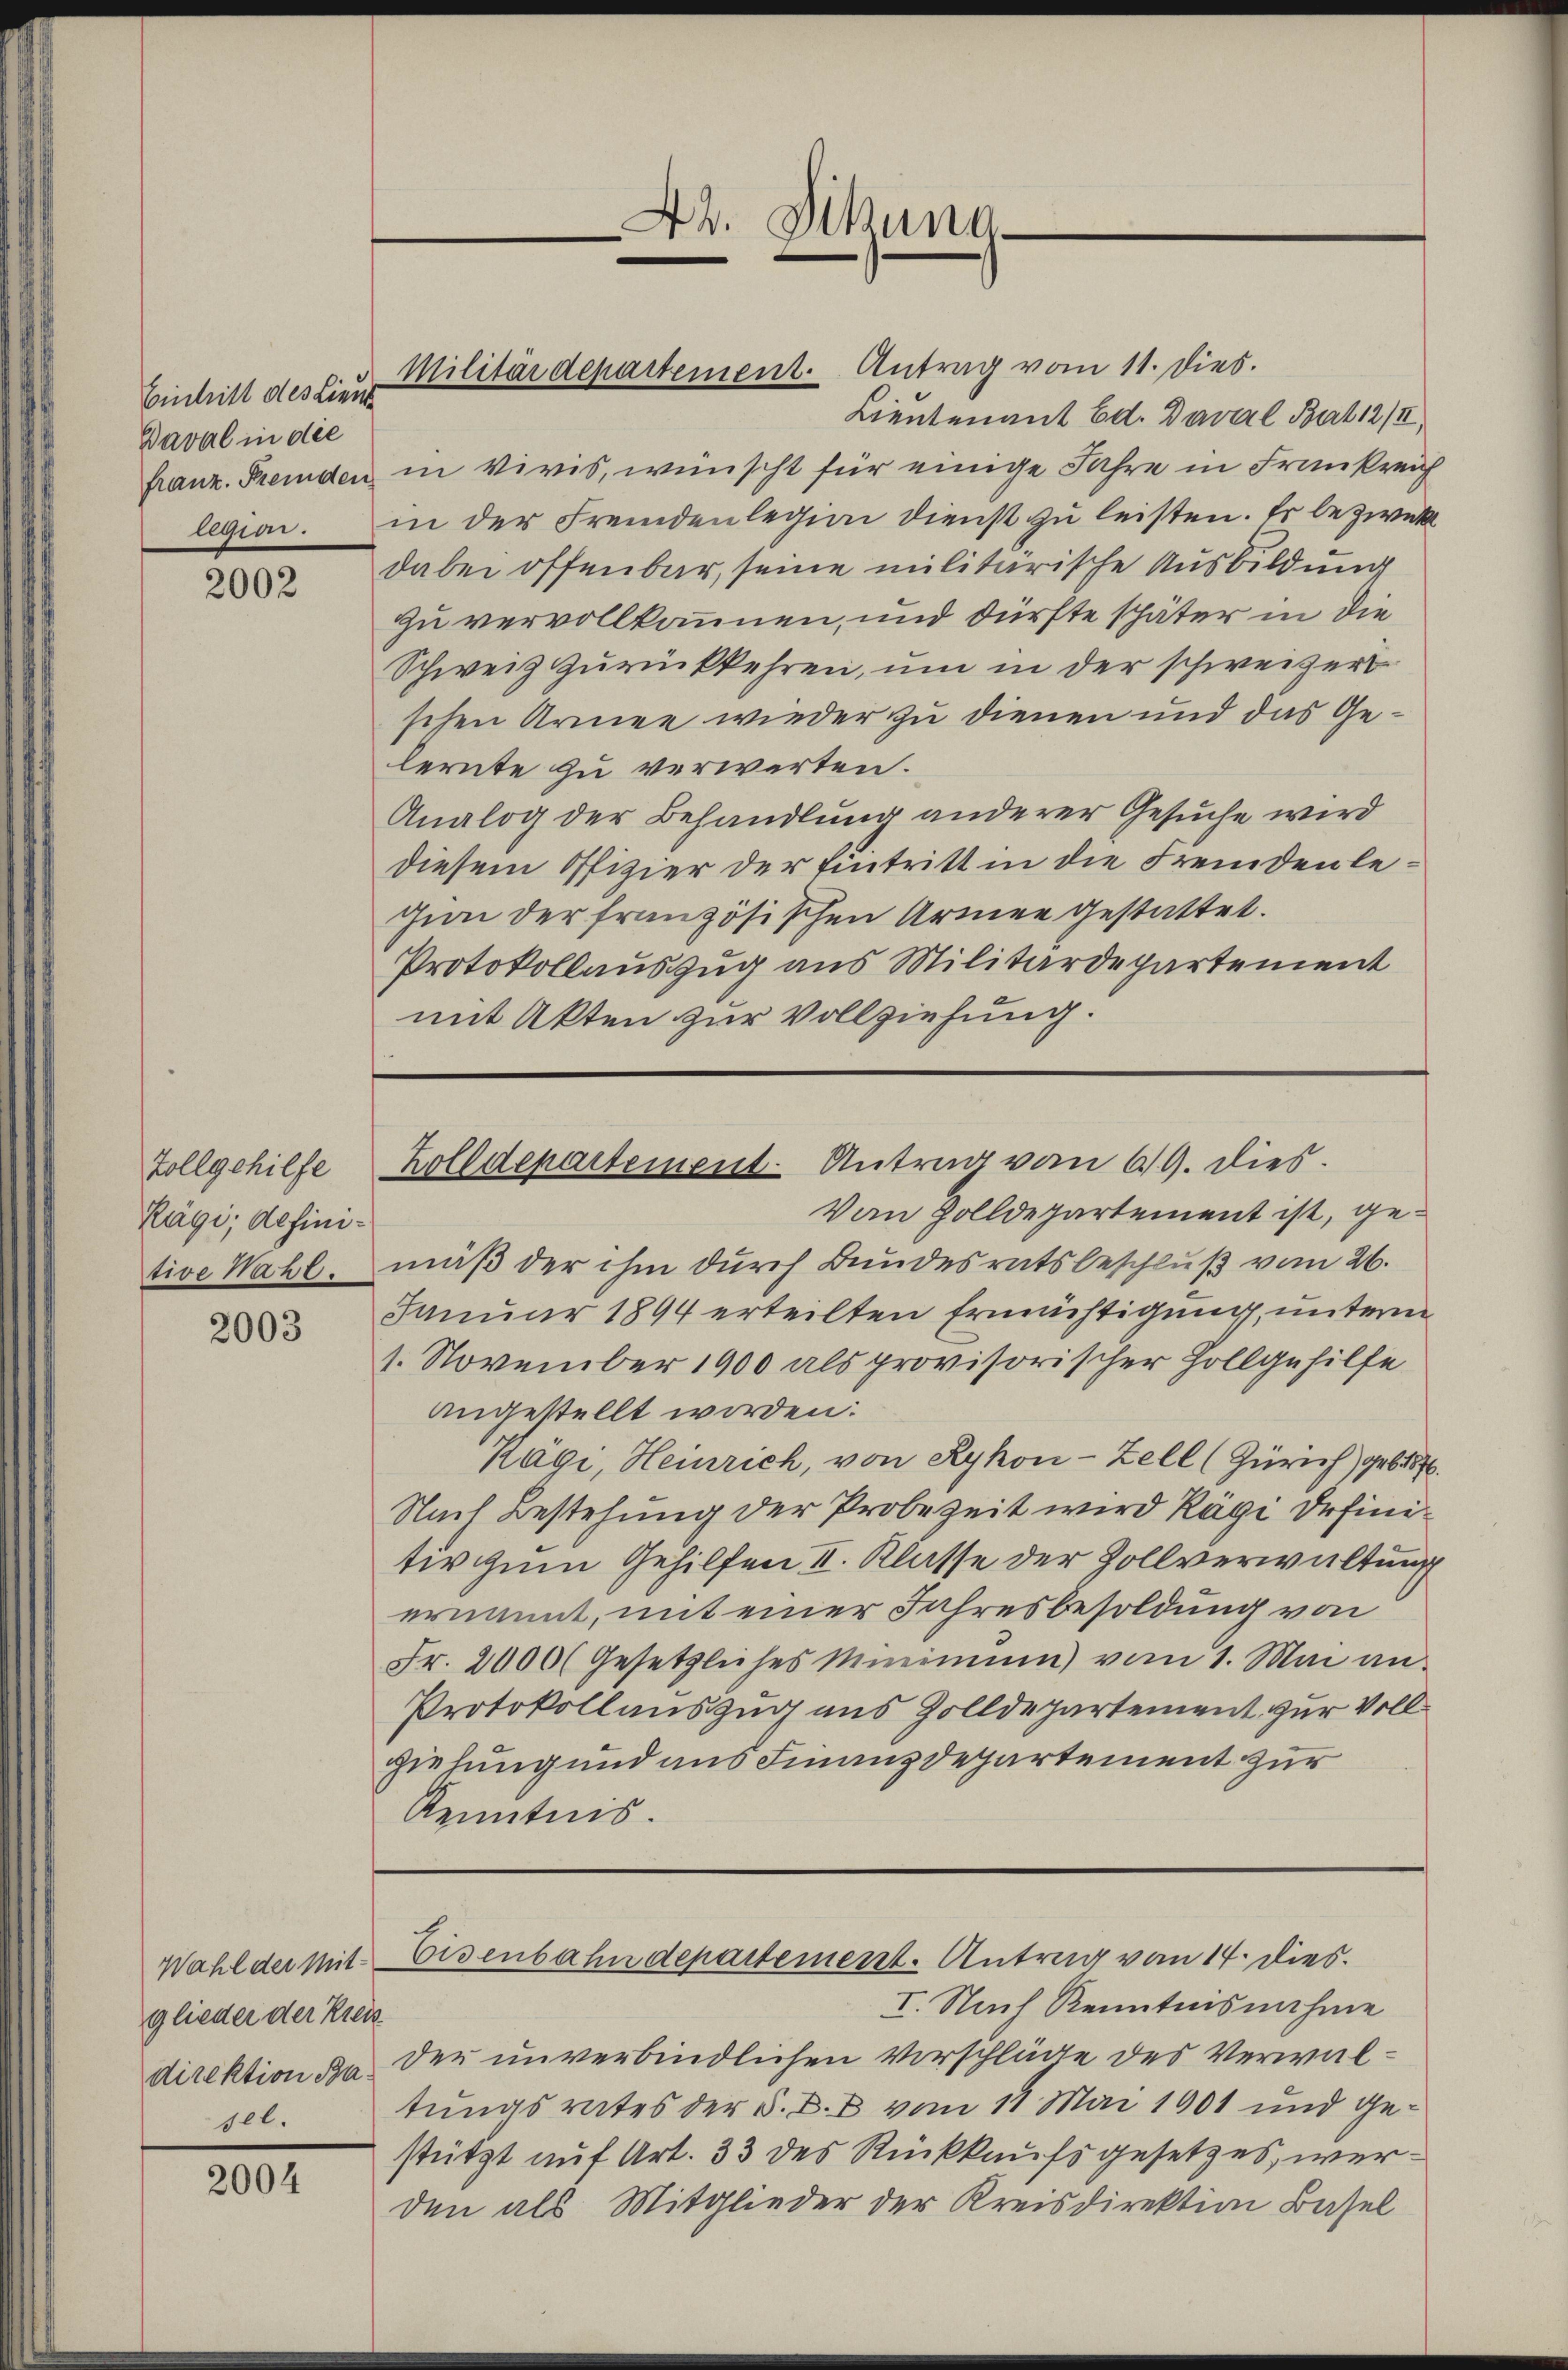
Eintritt des Lieut
Baval in die

2002

Zollgehilfe
Rägi, definitive Naht.

2003

Wahl der Mit-
glieder der Klei
direktion Ba
1el.

2004

Lieutenant Ed. Daval Bart 12/4
franz. Fremden in Vivis, wünscht für einige Jahre in Frankreif
legion. in der Fremdenlegion dienst zu leisten. Es bezwecke
dabei offenbar, seine militärische Ausbildung
zu vervollkommen, und dürfte später in die
Schweiz zurückkehren, um in der schweizeri
schen Armee wieder zu dienen und das Gelernte zu verwerten.
Analog der Behandlung anderer Gesuche wird
diesem Offizier der Eintritt in die Fremdenlegion der französischen Armee gestattet.
Protokollauszug aus Militärdepartement
mit Akten zur Vollziehung.

Von Zolldepartement ist, gemäß der ihm durch Bundesratsbeschluß vom 26.
Januar 1894 erteilten Ermächtigung, unterm
1. November 1900 als provisorischer Hollgehilfe
angestellt worden:
Kägi, Heinrich, von Rykon-Zell (Zürich) geb. 1876.
Nach Bestehung der Probezeit wird Kägi Definitiv zum Gehilfen II. Klasse der Zollverwaltung
ernannt, mit einer Jahresbesoldung von
Fr. 2000 (Gesetzliches Minimum) vom 1. Mai an
Protokollauszug aus Zolldepartement zur Vollziehung und aus Finanzdepartement zur
Kenntnis.

Militärdepartement. Antrag vom 11. Dies.

42. Sitzung
e

Holldepartement. Antrag vom 69. Dies

Eisenbahndepartement. Antrag vom 14. dies¬

I. Nach Kenntnisnahme
der unverbindlichen Vorschläge des Verwaltungsrates der §. D. vom 11 Mai 1901 und gestürzt auf Art. 33 des Rückkaufsgesetzes, werden als Mitglieder der Kreisdirektion Basel